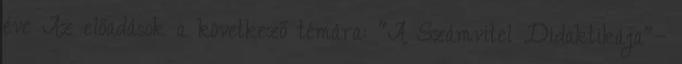
éve Az előadások a következő témára: "A Számvitel Didaktikája"—